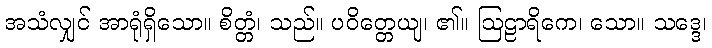
အသံလျှင် အာရုံရှိသော။ စိတ္တံ၊ သည်။ ပဝိတ္တေယျ၊ ၏။ ဩဠာရိကေ၊ သော။ သဒ္ဒေ၊